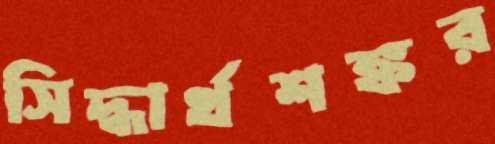
সিদ্ধার্থশঙ্কর